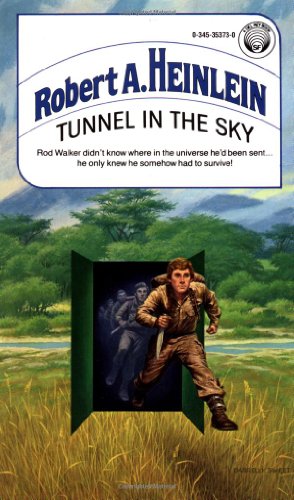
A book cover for Tunnel in the Sky; Robert A. Heinlein; Children's Books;